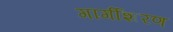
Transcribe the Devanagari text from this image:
गार्गीशरण